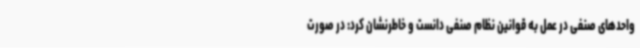
واحدهای صنفی در عمل به قوانین نظام صنفی دانست و خاطرنشان کرد: در صورت